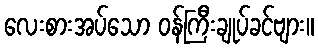
လေးစားအပ်သော ဝန်ကြီးချုပ်ခင်ဗျား။